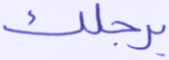
برجلك